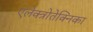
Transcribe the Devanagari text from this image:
एलेक्त्रोतेक्निका